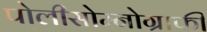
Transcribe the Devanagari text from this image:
पोलीसोम्नोग्राफी